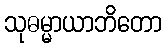
သုဓမ္မာယာဘိတော